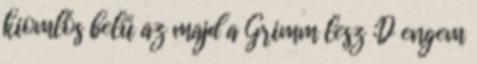
kiomlós belű az majd a Grimm lesz :D engem